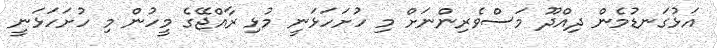
އަޅުގަނޑުމެން ދިއްދޫ މަސްވެރިންނަށް މި ހުށަހަޅަނީ މުޅި ރާއްޖޭގެ މީހުން މި ހުށަހަޅަނީ